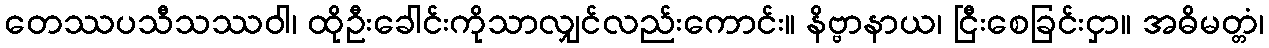
တေဿပသီသဿဝါ၊ ထိုဦးခေါင်းကိုသာလျှင်လည်းကောင်း။ နိဗ္ဗာနာယ၊ ငြီးစေခြင်းငှာ။ အဓိမတ္တံ၊